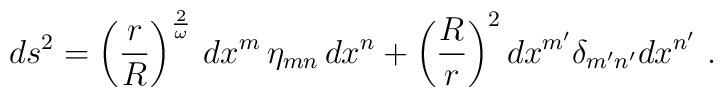
ds^2=\left({r\over R}\right)^{2\over \omega}\,dx^m\,\eta_{mn}\,dx^n+\left({R\over r}\right)^2  dx^{m'}\delta_{m'n'} dx^{n'}\ .